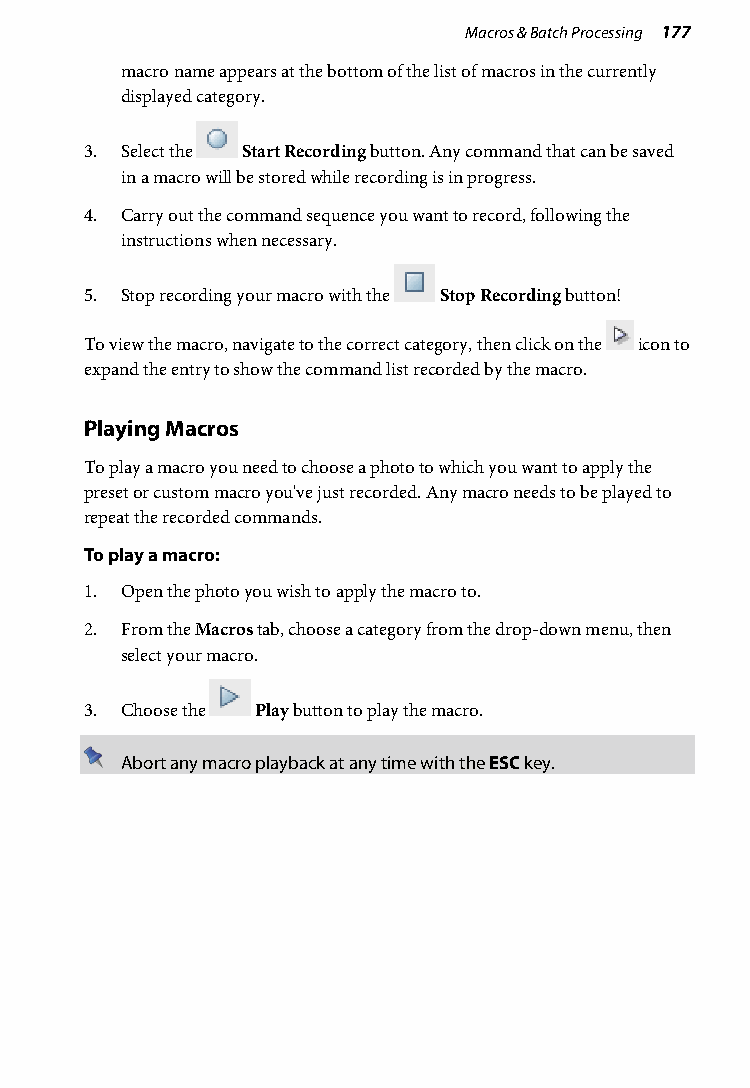
Macros & Batch Processing 177
 macro name appears at the bottom of the list of macros in the currently
 displayed category.
 3. Select the Start Recording button. Any command that can be saved
 in a macro will be stored while recording is in progress.
 4. Carry out the command sequence you want to record, following the
 instructions when necessary.
 5. Stop recording your macro with the Stop Recording button!
 To view the macro, navigate to the correct category, then click on the icon to
 expand the entry to show the command list recorded by the macro.
 Playing Macros
 To play a macro you need to choose a photo to which you want to apply the
 preset or custom macro you've just recorded. Any macro needs to be played to
 repeat the recorded commands.
 To play a macro:
 1. Open the photo you wish to apply the macro to.
 2. From the Macros tab, choose a category from the drop-down menu, then
 select your macro.
 3. Choose the Play button to play the macro.
 Abort any macro playback at any time with the ESC key.